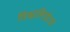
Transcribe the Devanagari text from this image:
विश्वामित्रोऽयं